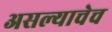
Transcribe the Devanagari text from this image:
असल्याचेच